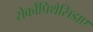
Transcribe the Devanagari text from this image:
सेर्कोपिथेसिडाए